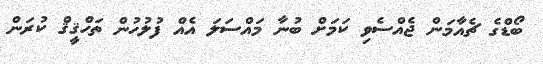
ބޯޑްގެ ޗެއާމަން ޖެއްސެވި ކަމަށް ބުނާ މައްސަލަ އެއް ފުލުހުން ތަހްޤީޤް ކުރަން